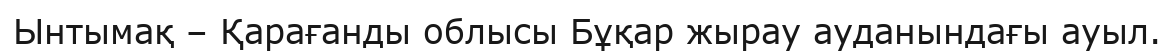
Ынтымақ – Қарағанды облысы Бұқар жырау ауданындағы ауыл.